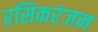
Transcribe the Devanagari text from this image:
रसिकरंजन